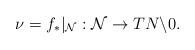
LaTeX: \begin{align*}\nu = f_*|_\mathcal{N} : \mathcal{N} \rightarrow TN\backslash 0. \end{align*}